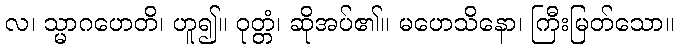
လ၊ သ္မာဂဟေတိ၊ ဟူ၍။ ဝုတ္တံ၊ ဆိုအပ်၏။ မဟေသိနော၊ ကြီးမြတ်သော။